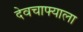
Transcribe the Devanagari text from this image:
देवचाफ्याला